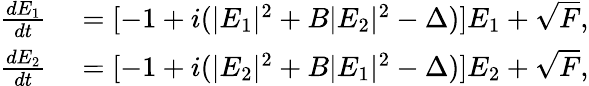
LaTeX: \begin{array}{rl}{\frac{dE_{1}}{dt}}&{{}=[-1+i(\vert E_{1}\vert^{2}+B\vert E_{2}\vert^{2}-\Delta)]E_{1}+\sqrt{F},}\\ {\frac{dE_{2}}{dt}}&{{}=[-1+i(\vert E_{2}\vert^{2}+B\vert E_{1}\vert^{2}-\Delta)]E_{2}+\sqrt{F},}\end{array}